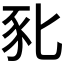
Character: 𰶤